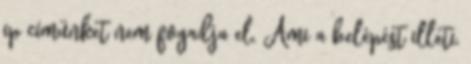
ip címünket nem fogadja el. Ami a belépést illeti,